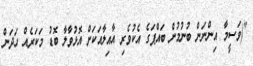
"(ވަސީމާ އިންނަން ބުނުމުން ބައްޕަގެ އެކުވެރި އާއިލާއަކަށް އޮޅުވާލާ ބޮޑު މަކަރެއް ހަދަން